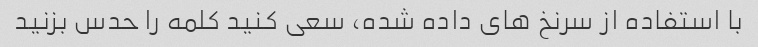
با استفاده از سرنخ های داده شده، سعی کنید کلمه را حدس بزنید